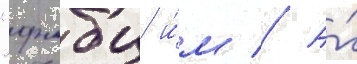
"фмбц и́м // А́